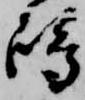
嶋